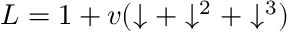
L = 1 + v ( \downarrow + \downarrow ^ { 2 } + \downarrow ^ { 3 } )